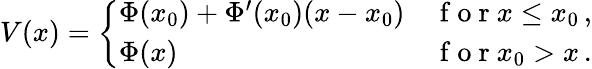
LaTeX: \begin{array}{r}{V(x)=\left\{ \begin{array}{ll}{\Phi(x_{0})+\Phi^{\prime}(x_{0})(x-x_{0})}&{\mathrm{~f~o~r~}x\leq x_{0}\, ,}\\ {\Phi(x)}&{\mathrm{~f~o~r~}x_{0}>x\, .}\end{array}\right.}\end{array}